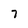
Character: 7